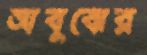
অবুঝের